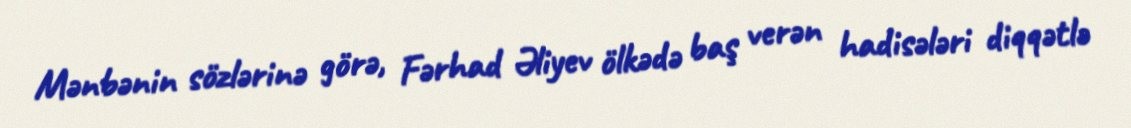
Mənbənin sözlərinə görə, Fərhad Əliyev ölkədə baş verən hadisələri diqqətlə